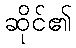
ဆိုင်၏